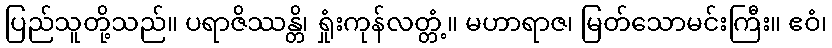
ပြည်သူတို့သည်။ ပရာဇိဿန္တိ၊ ရှုံးကုန်လတ္တံ့။ မဟာရာဇ၊ မြတ်သောမင်းကြီး။ ဧဝံ၊